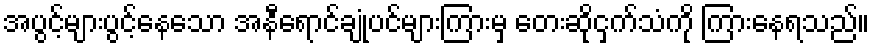
အပွင့်များပွင့်နေသော အနီရောင်ချုံပင်များကြားမှ တေးဆိုငှက်သံကို ကြားနေရသည်။